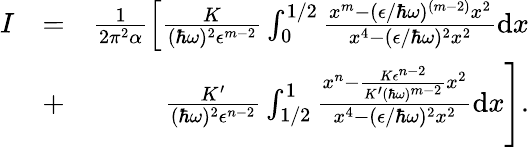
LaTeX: \begin{array}{rlr}{I}&{=}&{\frac{1}{2\pi^{2}\alpha}\left[\frac{K}{(\hbar\omega)^{2}\epsilon^{m-2}}\int_{0}^{1/2}\frac{x^{m}-(\epsilon/\hbar\omega)^{(m-2)}x^{2}}{x^{4}-(\epsilon/\hbar\omega)^{2}x^{2}}\textrm{d}x\right.}\\ &{+}&{\left.\frac{K^{\prime}}{(\hbar\omega)^{2}\epsilon^{n-2}}\int_{1/2}^{1}\frac{x^{n}-\frac{K\epsilon^{n-2}}{K^{\prime}(\hbar\omega)^{m-2}}x^{2}}{x^{4}-(\epsilon/\hbar\omega)^{2}x^{2}}\textrm{d}x\right].}\end{array}